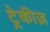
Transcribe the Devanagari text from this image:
ट्रेकीज़